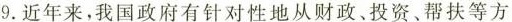
9.近年来，我国政府有针对性地从财政、投资、帮扶等方